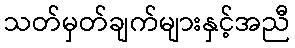
သတ်မှတ်ချက်များနှင့်အညီ